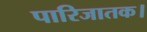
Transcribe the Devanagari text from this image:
पारिजातक।